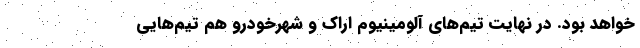
خواهد بود. در نهایت تیم‌های آلومینیوم اراک و شهرخودرو هم تیم‌هایی